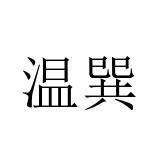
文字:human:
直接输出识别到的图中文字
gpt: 温巽